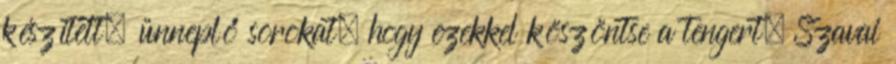
készített, ünneplő sorokat, hogy ezekkel köszöntse a tengert. Szavai